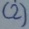
Text: (2)